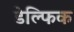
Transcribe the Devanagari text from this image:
डेल्फिक